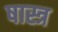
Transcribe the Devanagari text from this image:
षास्त्र